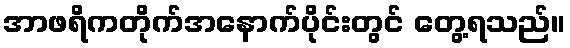
အာဖရိကတိုက်အနောက်ပိုင်းတွင် တွေ့ရသည်။